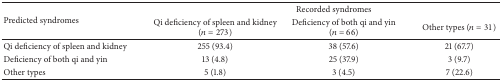
<table><thead><tr><td rowspan="2"><b>Predicted syndromes</b></td><td colspan="3"><b> Recorded syndromes</b></td></tr><tr><td><b>Qi deficiency of spleen and kidney (<i>n</i> = 273) </b></td><td><b>Deficiency of both qi and yin (<i>n</i> = 66)</b></td><td><b>Other types (<i>n</i> = 31)</b></td></tr></thead><tbody><tr><td>Qi deficiency of spleen and kidney</td><td>255 (93.4)</td><td>38 (57.6)</td><td>21 (67.7)</td></tr><tr><td>Deficiency of both qi and yin</td><td>13 (4.8)</td><td>25 (37.9)</td><td>3 (9.7)</td></tr><tr><td>Other types</td><td>5 (1.8)</td><td>3 (4.5)</td><td>7 (22.6)</td></tr></tbody></table>